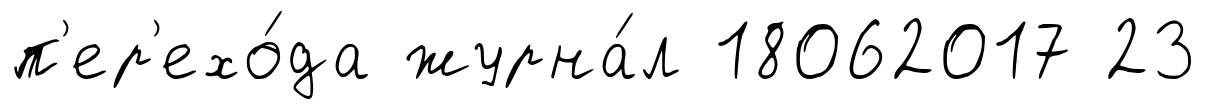
п'ер'ехо́да журна́л 18062017 23